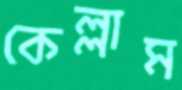
কেল্লাম